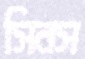
সিনস